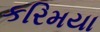
કરિમયા